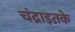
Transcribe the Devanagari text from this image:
चंद्राइतके